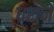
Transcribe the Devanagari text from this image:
धराने